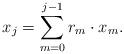
LaTeX: \begin{align*}x_j = \sum_{m=0}^{j-1} r_m\cdot x_m.\end{align*}